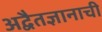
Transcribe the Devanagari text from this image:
अद्वैतज्ञानाची